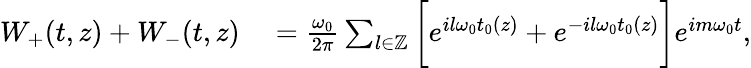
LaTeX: \begin{array}{rl}{W_{+}(t,z)+W_{-}(t,z)}&{{}=\frac{\omega_{0}}{2\pi}\sum_{l\in\mathbb{Z}}\bigg[e^{il\omega_{0}t_{0}(z)}+e^{-il\omega_{0}t_{0}(z)}\bigg]e^{im\omega_{0}t},}\end{array}